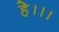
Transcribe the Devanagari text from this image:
हे।।।